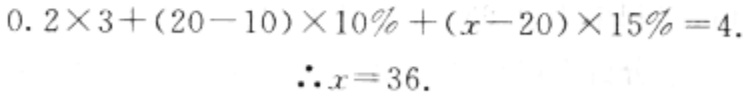
$0.2\times 3+(20 - 10)\times 10\%+(x - 20)\times 15\% = 4.$
$\therefore x = 36.$